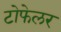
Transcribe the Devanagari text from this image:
टोफेलर